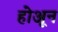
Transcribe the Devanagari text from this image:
होअून